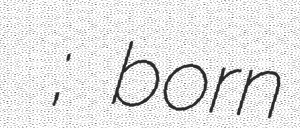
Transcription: আশিকুর রহমান; born